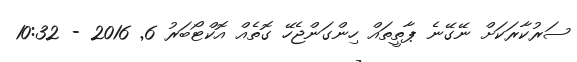
ސަރުކާރަކަށް ނޭގޭނެ ޕާތީތައް ހިންގަންޖެހޭ ގޮތެއް އޮކްޓޯބަރު 6